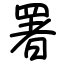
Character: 署